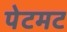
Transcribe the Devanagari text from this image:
पेटमट